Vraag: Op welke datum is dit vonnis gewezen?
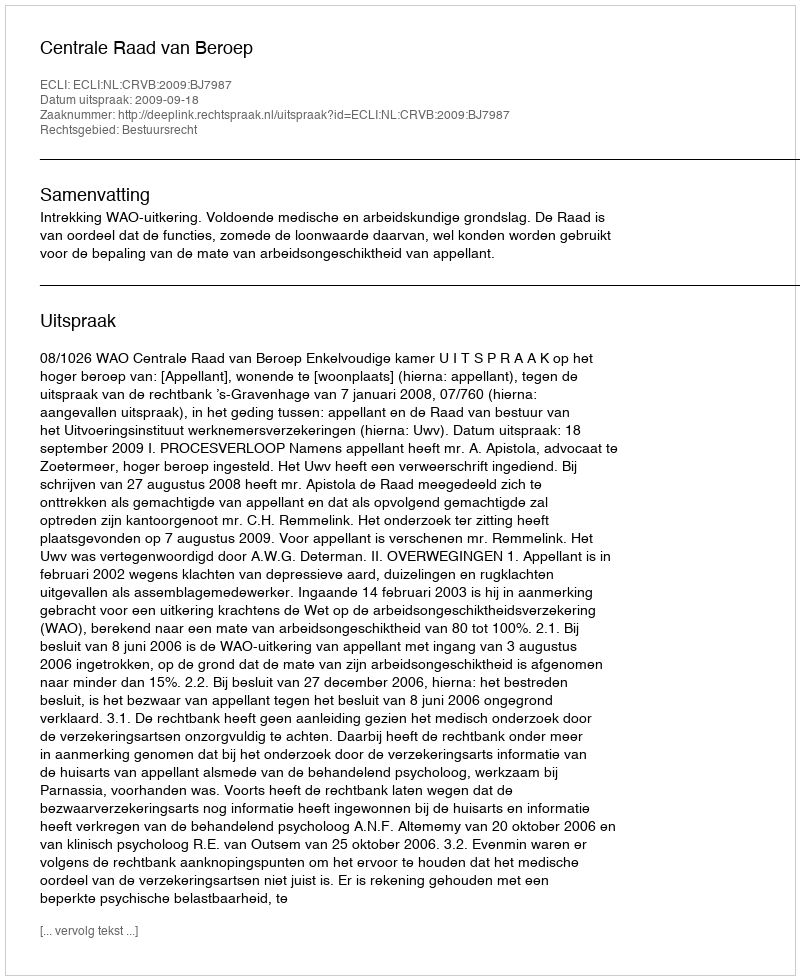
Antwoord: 2009-09-18